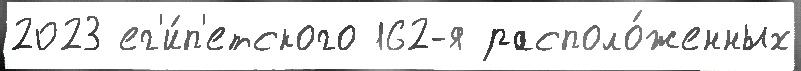
2023 ег'и́п'етского 162-я располо́женных